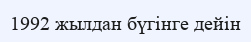
1992 жылдан бүгінге дейін